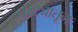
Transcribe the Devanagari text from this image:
घरट्यातून